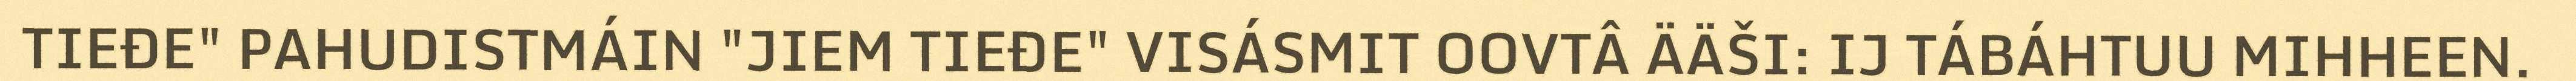
TIEĐE" PAHUDISTMÁIN "JIEM TIEĐE" VISÁSMIT OOVTÂ ÄÄŠI: IJ TÁBÁHTUU MIHHEEN.